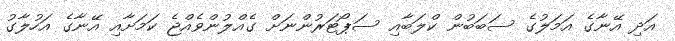
އަދި އޭނާގެ އަމަލުގެ ސަބަބުން ކްލަބާއި ސަޕޯޓަރުންނަށް ގެއްލުންވެއްޖެ ކަމަށާއި އޭނާގެ އަހުލާގު